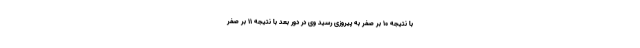
با نتیجه ۱۰ بر صفر به پیروزی رسید وی در دور بعد با نتیجه ۱۱ بر صفر